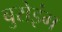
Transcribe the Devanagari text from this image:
बुरोइंग